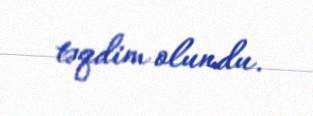
təqdim olundu.